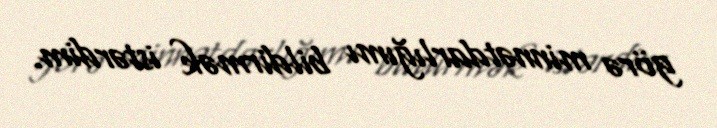
görə minnətdarlığımı bildirmək istərdim.